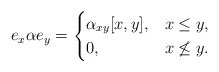
\begin{align*} e_x\alpha e_y= \begin{cases} \alpha_{xy}[x,y], & x\le y,\\ 0, & x\not\le y. \end{cases}\end{align*}